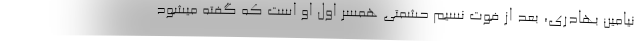
نیامین بهادری، بعد از فوت نسیم حشمتی همسر اول او است که گفته میشود